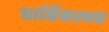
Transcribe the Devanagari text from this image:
धार्मिकस्थळ